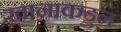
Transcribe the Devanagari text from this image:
खानाकडुन